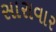
સારાવાર